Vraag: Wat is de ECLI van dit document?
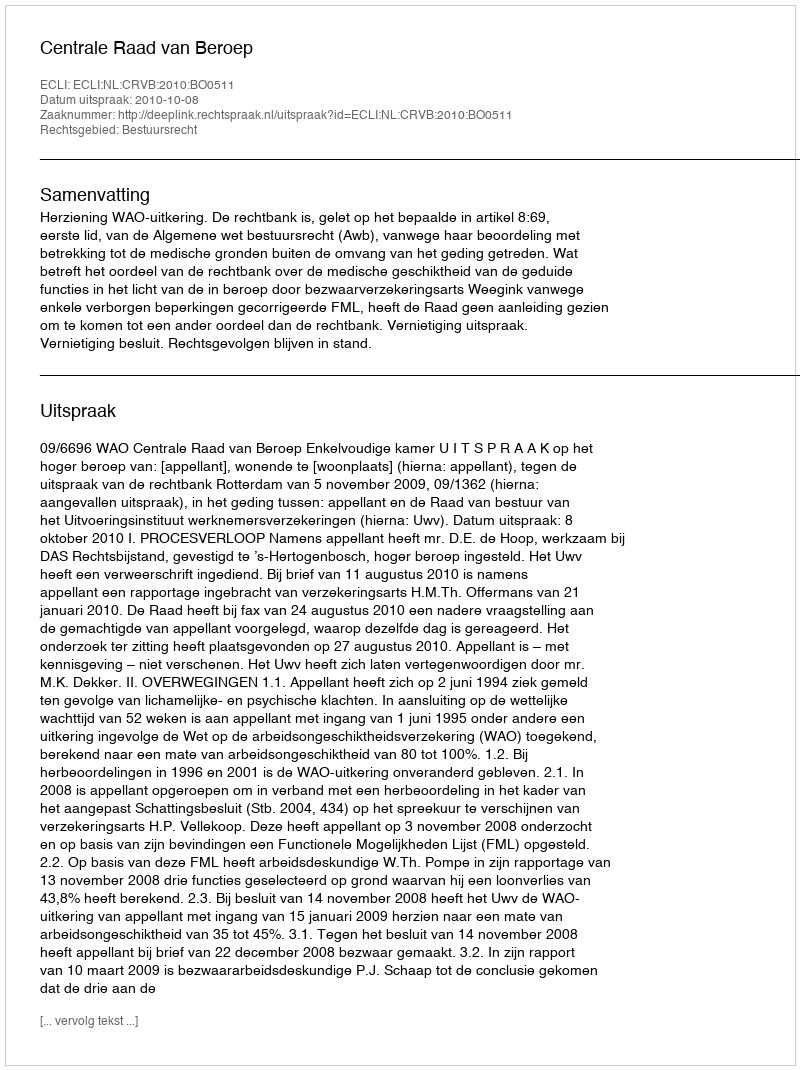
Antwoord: ECLI:NL:CRVB:2010:BO0511